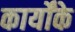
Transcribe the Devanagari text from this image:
कार्योंके